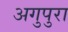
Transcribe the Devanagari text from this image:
अगुपुरा